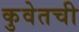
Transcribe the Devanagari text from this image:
कुवेतची